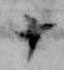
十